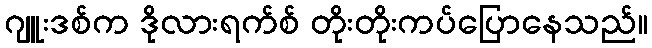
ဂျူးဒစ်က ဒိုလားရက်စ် တိုးတိုးကပ်ပြောနေသည်။